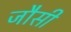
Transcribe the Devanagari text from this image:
जौसी